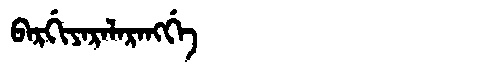
Manchu: ᠪᠠᡵᡤᡳᠶᠠᡵᠠᠯᠠᡵᠠᠩᡤᡝ
Romanization: BARGIYARALARANGGE